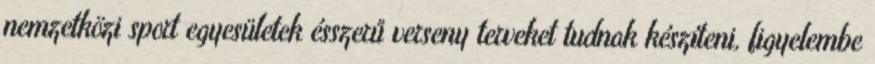
nemzetközi sport egyesületek ésszerű verseny terveket tudnak készíteni, figyelembe